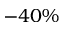
- 4 0 \%